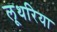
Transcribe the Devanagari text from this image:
लूथरिया